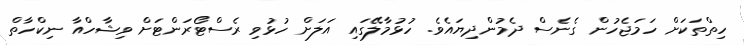
ހިތްތަކަށް ހަމަޖެހުން ގެނެސް ދެމުންދިޔައެވެ. ހުޅުމާލޭގައި އަލަށް ހުޅުވި ރެސްޓޯރަންޓަށް ވިޝާހްއާ ނިކްހާތް